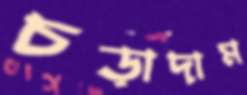
চড়াদাম